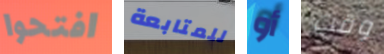
افتحوا للمتابعة أو وقت